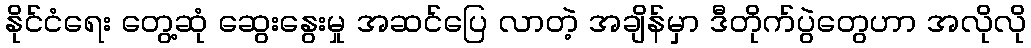
နိုင်ငံရေး တွေ့ဆုံ ဆွေးနွေးမှု အဆင်ပြေ လာတဲ့ အချိန်မှာ ဒီတိုက်ပွဲတွေဟာ အလိုလို